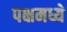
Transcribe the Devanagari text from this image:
पक्षमध्ये